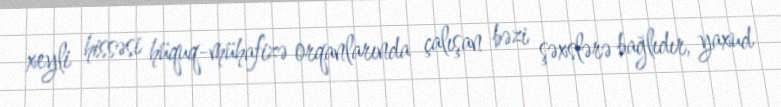
xeyli hissəsi hüquq-mühafizə orqanlarında çalışan bəzi şəxslərə bağlıdır, yaxud